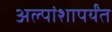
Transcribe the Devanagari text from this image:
अल्पांशापर्यंत